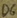
Text: D6